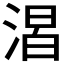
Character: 𣹈